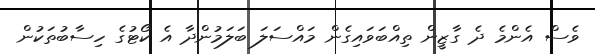
ވެސް އެންމެ ދެ ގާޒީން ތިއްބަވައިގެން މައްސަލަ ބަލަމުންދާ އެ ކޯޓުގެ ހިސާބުތަކުން